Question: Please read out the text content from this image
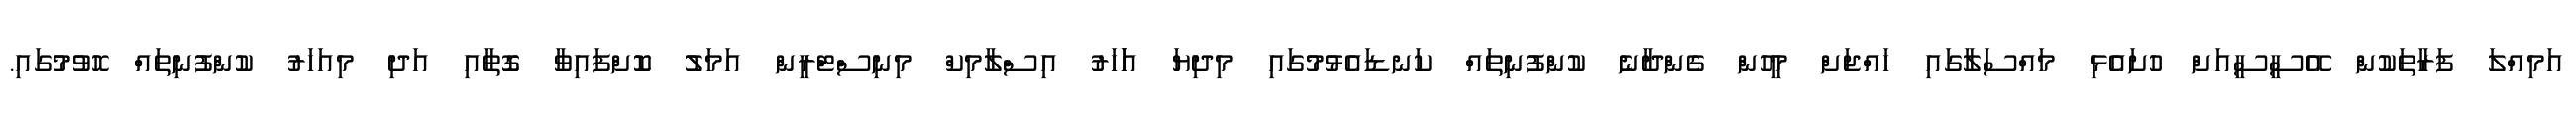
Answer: އަމިއްލަ ފަރާތަކުން އޭސީސީއަށް ހުށައެޅި މައްސަލާގައި ހައްޖަށް މީހުން ގެންދާނެ ކުންފުނިތައް ކަނޑައެޅުމުގައި މިދިޔަ އަަހަރު އިސްލާމިކް މިނިސްޓްރީން އަމަލު ކޮށްފައިވާ ގޮތާއި އަދި މިއަހަރު ކުންފުނިތައް ހޮވުމުގައި.